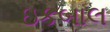
ઇકબાલ